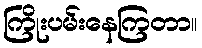
ကြိုးပမ်းနေကြတာ။